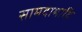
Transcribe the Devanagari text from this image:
सामदामादि